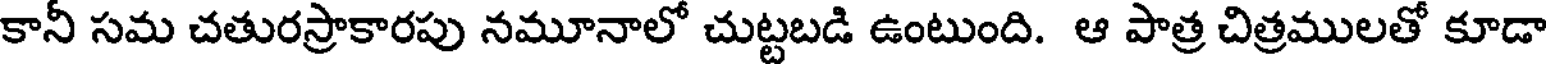
కానీ సమ చతురస్రాకారపు నమూనాలో చుట్టబడి ఉంటుంది. ఆ పాత్ర చిత్రములతో కూడా